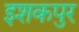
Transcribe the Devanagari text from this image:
इशकपुर